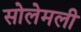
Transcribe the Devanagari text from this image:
सोलेमली